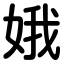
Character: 娥